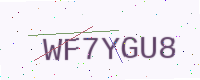
Text: WF7YGU8